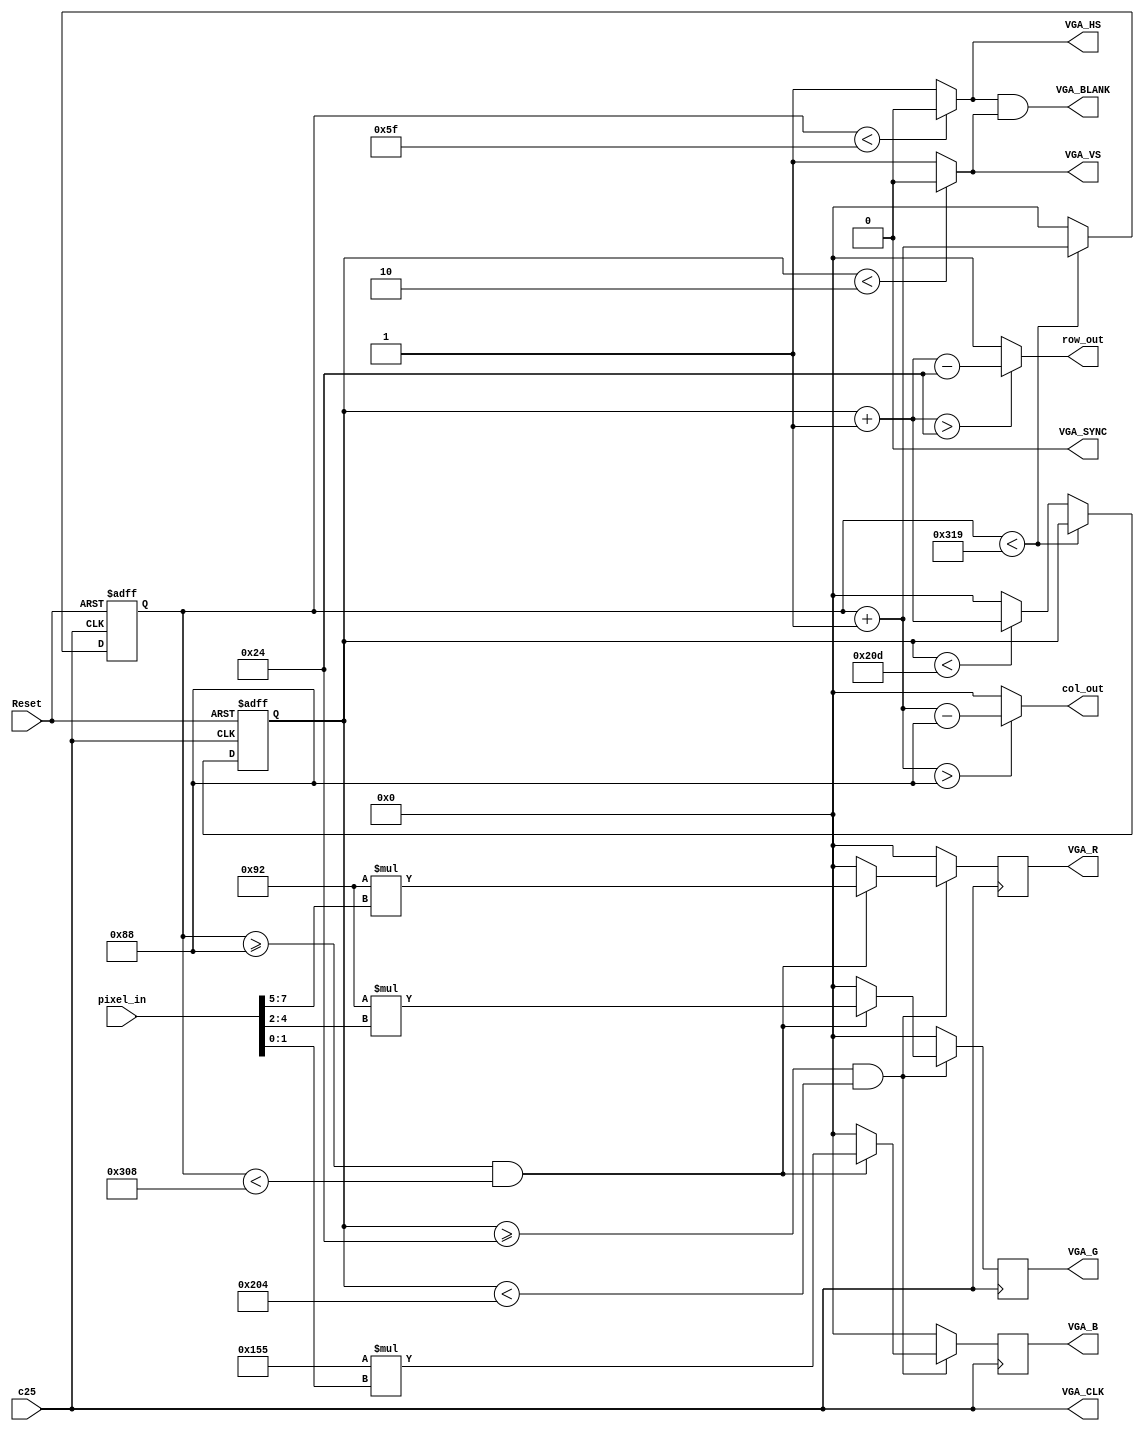
module VGA(Reset, c25, VGA_R, VGA_G, VGA_B, VGA_CLK, VGA_BLANK, VGA_HS, VGA_VS, VGA_SYNC, row_out, col_out, pixel_in);
	parameter cols = 793;
	parameter rows = 525;
	parameter rsl = 2;
	parameter hsl = 95;
	parameter disp = 138;
	parameter d_row = 6'h24; //36 decimal
	parameter d_col = 8'h88; //136 decimal
	input c25;
	
	input Reset;
	output [9:0] VGA_R, VGA_G, VGA_B;
	output VGA_CLK, VGA_BLANK, VGA_HS, VGA_VS, VGA_SYNC;
	assign VGA_CLK = c25;
	
	input [7:0] pixel_in;
	//input [15:0] pixel_in; //color test
	
	output [9:0] row_out, col_out;
	
	reg [9:0] blue = 0, green = 0, red = 0;
	
	assign VGA_R = red;
	assign VGA_G = green;
	assign VGA_B = blue;
	assign VGA_SYNC = 1'b0;
	
	reg [9:0] row, column;
	
	assign VGA_VS = (row < rsl) ? 1'b0 : 1'b1;
	assign VGA_HS = (column < hsl) ? 1'b0 : 1'b1;
	assign VGA_BLANK = VGA_HS & VGA_VS;
	
	assign row_out = (row + 1'b1> d_row) ? (row + 1'b1 -d_row) : 10'h000;
	assign col_out = (column + 1'b1 > d_col) ? (column + 1'b1 - d_col) : 10'h000;
	
	
	always@(posedge c25 or negedge Reset) begin
		if(~Reset) begin
			row <= 0;
			column <= 0;
		end
		else begin
			if(column < cols) begin
				column <= column + 1'b1;
			end else begin
				column <= 0;
				if(row < rows) begin
					row <= row + 1'b1;
				end else begin
					row <= 0;
				end
			end
		end
	end
	always@(negedge c25) begin
		if(row >= d_row && row < 516) begin
			if(column >= d_col && column < 776) begin
			
				red <= 8'h92*pixel_in[7:5];
				green <= 8'h92*pixel_in[4:2];
				blue <= 9'h155*pixel_in[1:0];
				/* Color Test
				red <= {pixel_in[15:10], 4'h0};
				green <= {pixel_in[9:5], 5'b00000};
				blue <= {pixel_in[4:0], 5'b00000};*/
			end
			else begin
				blue <= 10'h000;
				red <= 10'h000;
				green <= 10'h000;
			end
		end else begin
			blue <= 10'h000;
			red <= 10'h000;
			green <= 10'h000;
		end
	end
endmodule